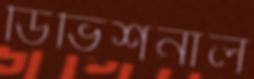
ডিভিশনাল